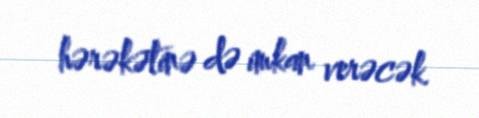
hərəkətinə də imkan verəcək.